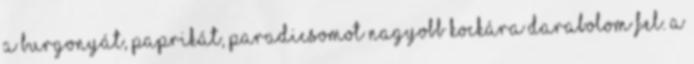
a burgonyát, paprikát, paradicsomot nagyobb kockára darabolom fel. a